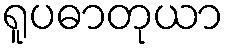
ရူပဓာတုယာ